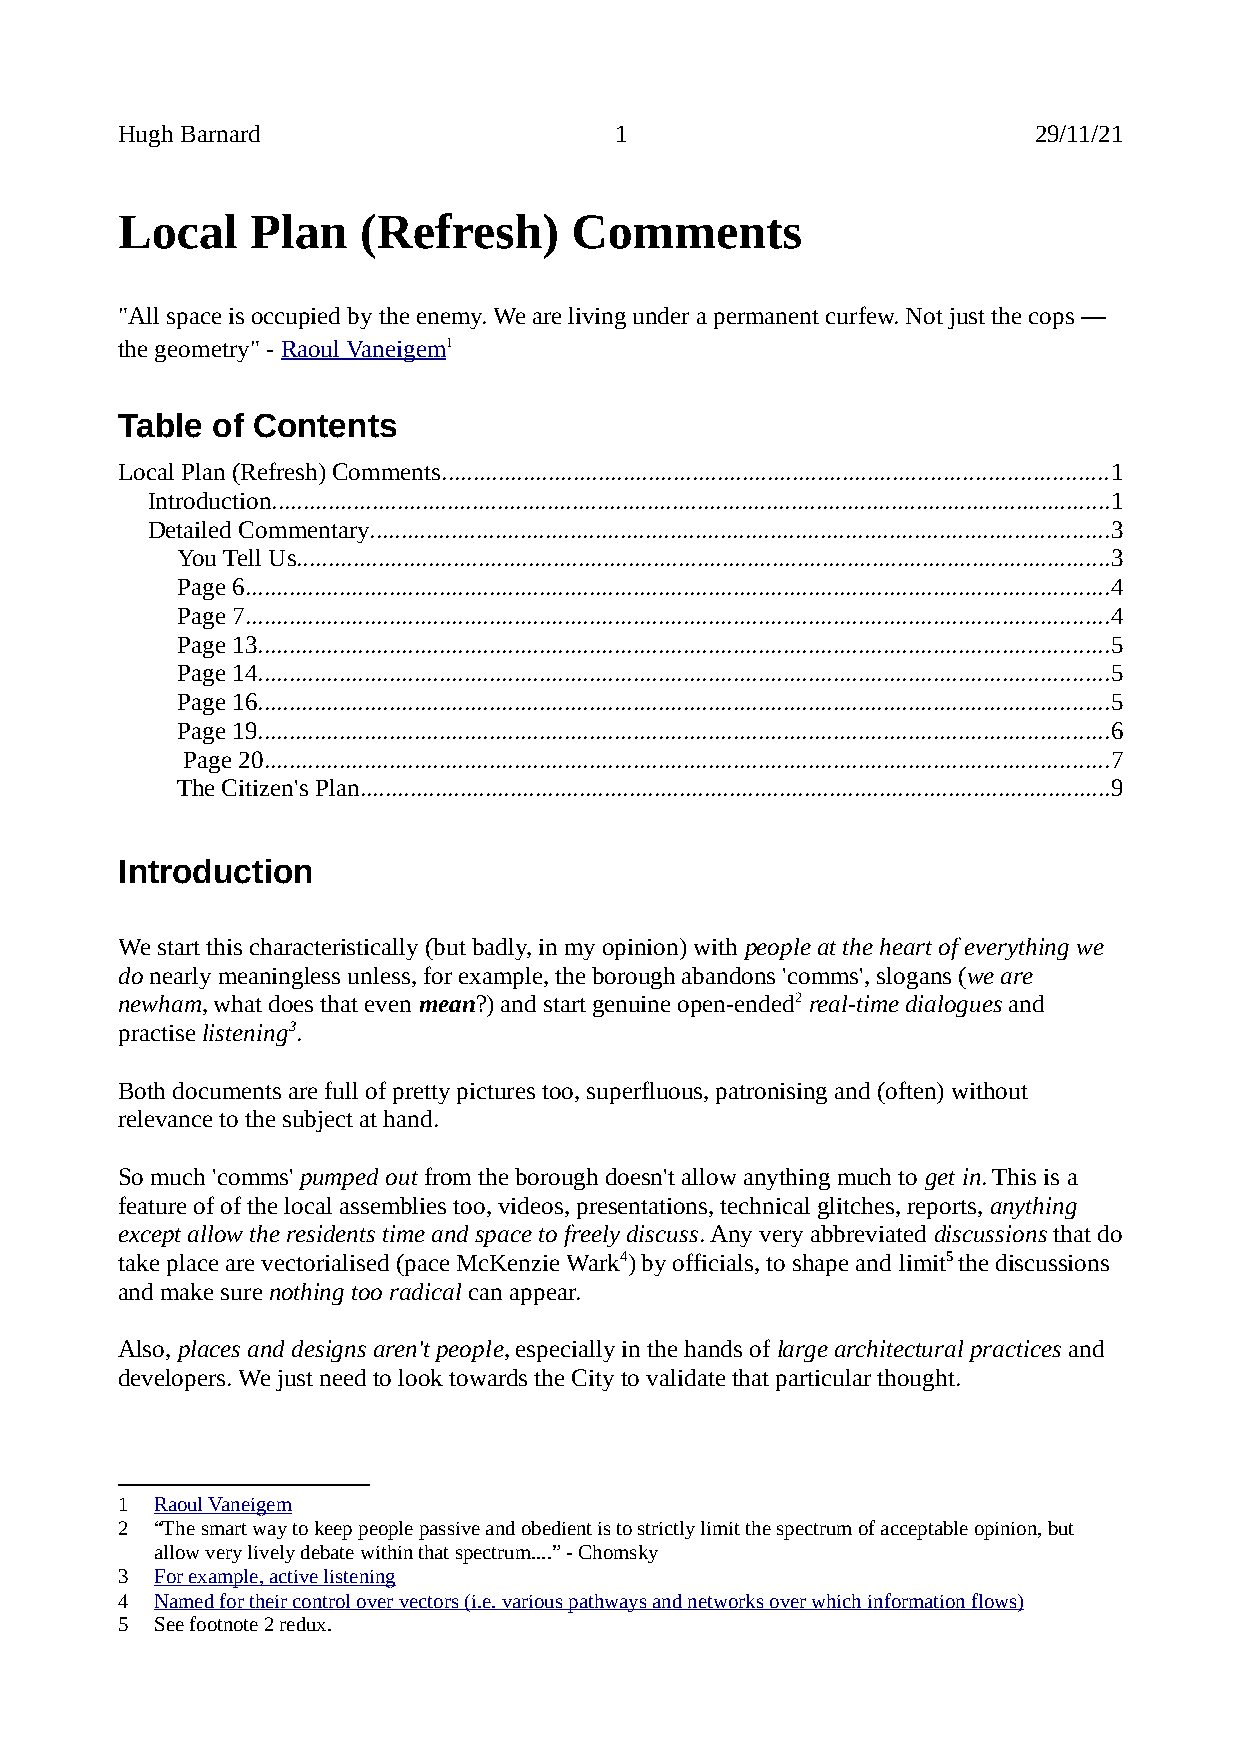
Hugh Barnard                     1                          29/11/21
 Local    Plan   (Refresh)     Comments
 "All space is occupied by the enemy. We are living under a permanent curfew. Not just the cops —
 the geometry" - Raoul Vaneigem1
 Table of Contents
 Local Plan (Refresh) Comments..........................................................................................................1
 Introduction......................................................................................................................................1
 Detailed Commentary......................................................................................................................3
 You Tell Us..................................................................................................................................3
 Page 6..........................................................................................................................................4
 Page 7..........................................................................................................................................4
 Page 13........................................................................................................................................5
 Page 14........................................................................................................................................5
 Page 16........................................................................................................................................5
 Page 19........................................................................................................................................6
 Page 20.......................................................................................................................................7
 The Citizen's Plan........................................................................................................................9
 Introduction
 We start this characteristically (but badly, in my opinion) with people at the heart of everything we
 do nearly meaningless unless, for example, the borough abandons 'comms', slogans (we are
 newham, what does that even mean?) and start genuine open-ended2 real-time dialogues and
 practise listening3.
 Both documents are full of pretty pictures too, superfluous, patronising and (often) without
 relevance to the subject at hand.
 So much 'comms' pumped out from the borough doesn't allow anything much to get in. This is a
 feature of of the local assemblies too, videos, presentations, technical glitches, reports, anything
 except allow the residents time and space to freely discuss. Any very abbreviated discussions that do
 take place are vectorialised (pace McKenzie Wark4) by officials, to shape and limit5 the discussions
 and make sure nothing too radical can appear.
 Also, places and designs aren't people, especially in the hands of large architectural practices and
 developers. We just need to look towards the City to validate that particular thought.
 1 Raoul Vaneigem
 2 “The smart way to keep people passive and obedient is to strictly limit the spectrum of acceptable opinion, but
 allow very lively debate within that spectrum....” - Chomsky
 3 For example, active listening
 4 Named for their control over vectors (i.e. various pathways and networks over which information flows)
 5 See footnote 2 redux.